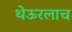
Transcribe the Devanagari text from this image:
थेऊरलाच